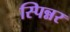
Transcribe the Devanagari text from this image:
स्पिन्नर